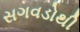
સગવડોથી